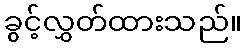
ခွင့်လွှတ်ထားသည်။